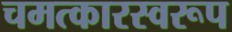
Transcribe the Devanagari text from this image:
चमत्‍कारस्‍वरूप